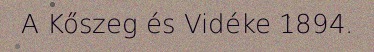
A Kőszeg és Vidéke 1894.